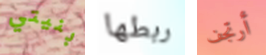
بنيتي ربطها أرتجف